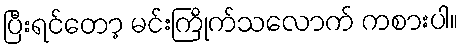
ပြီးရင်တော့ မင်းကြိုက်သလောက် ကစားပါ။